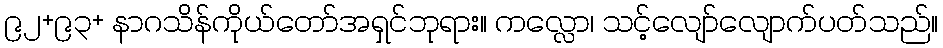
၉၂+၉၃+ နာဂသိန်ကိုယ်တော်အရှင်ဘုရား။ ကလ္လော၊ သင့်လျော်လျောက်ပတ်သည်။